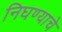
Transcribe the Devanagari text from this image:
निघण्याचे